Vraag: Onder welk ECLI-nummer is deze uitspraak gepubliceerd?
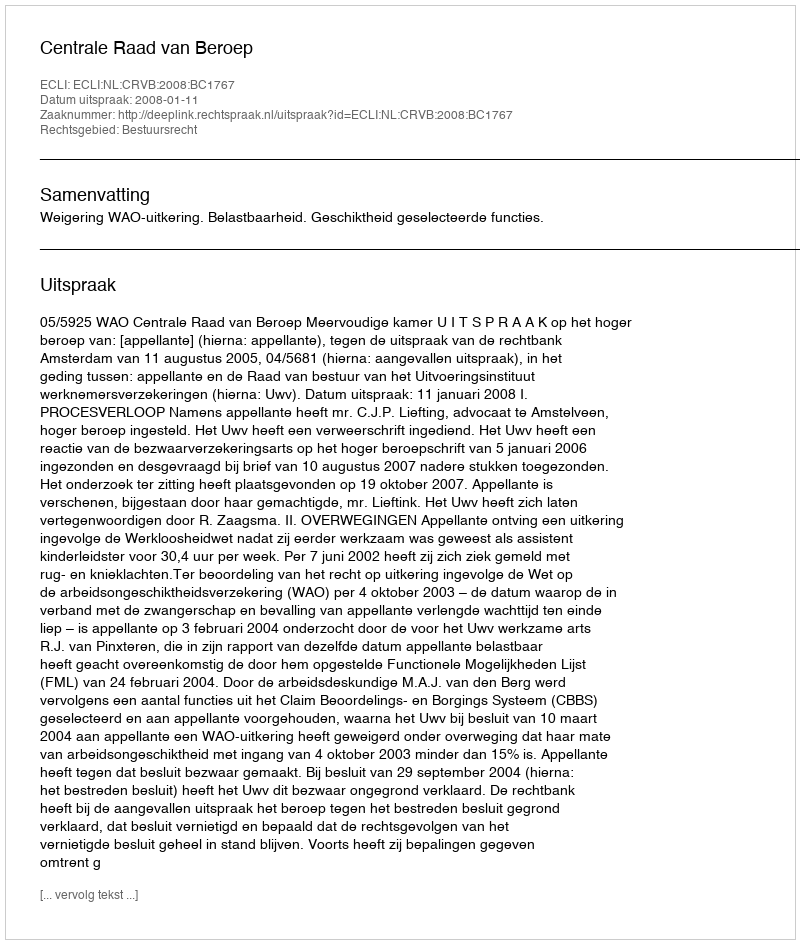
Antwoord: ECLI:NL:CRVB:2008:BC1767